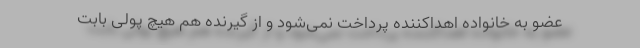
عضو به خانواده اهداکننده پرداخت نمی‌شود و از گیرنده هم هیچ پولی بابت